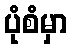
ပုံစံမှာ